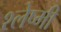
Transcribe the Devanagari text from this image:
श्लेष्मी